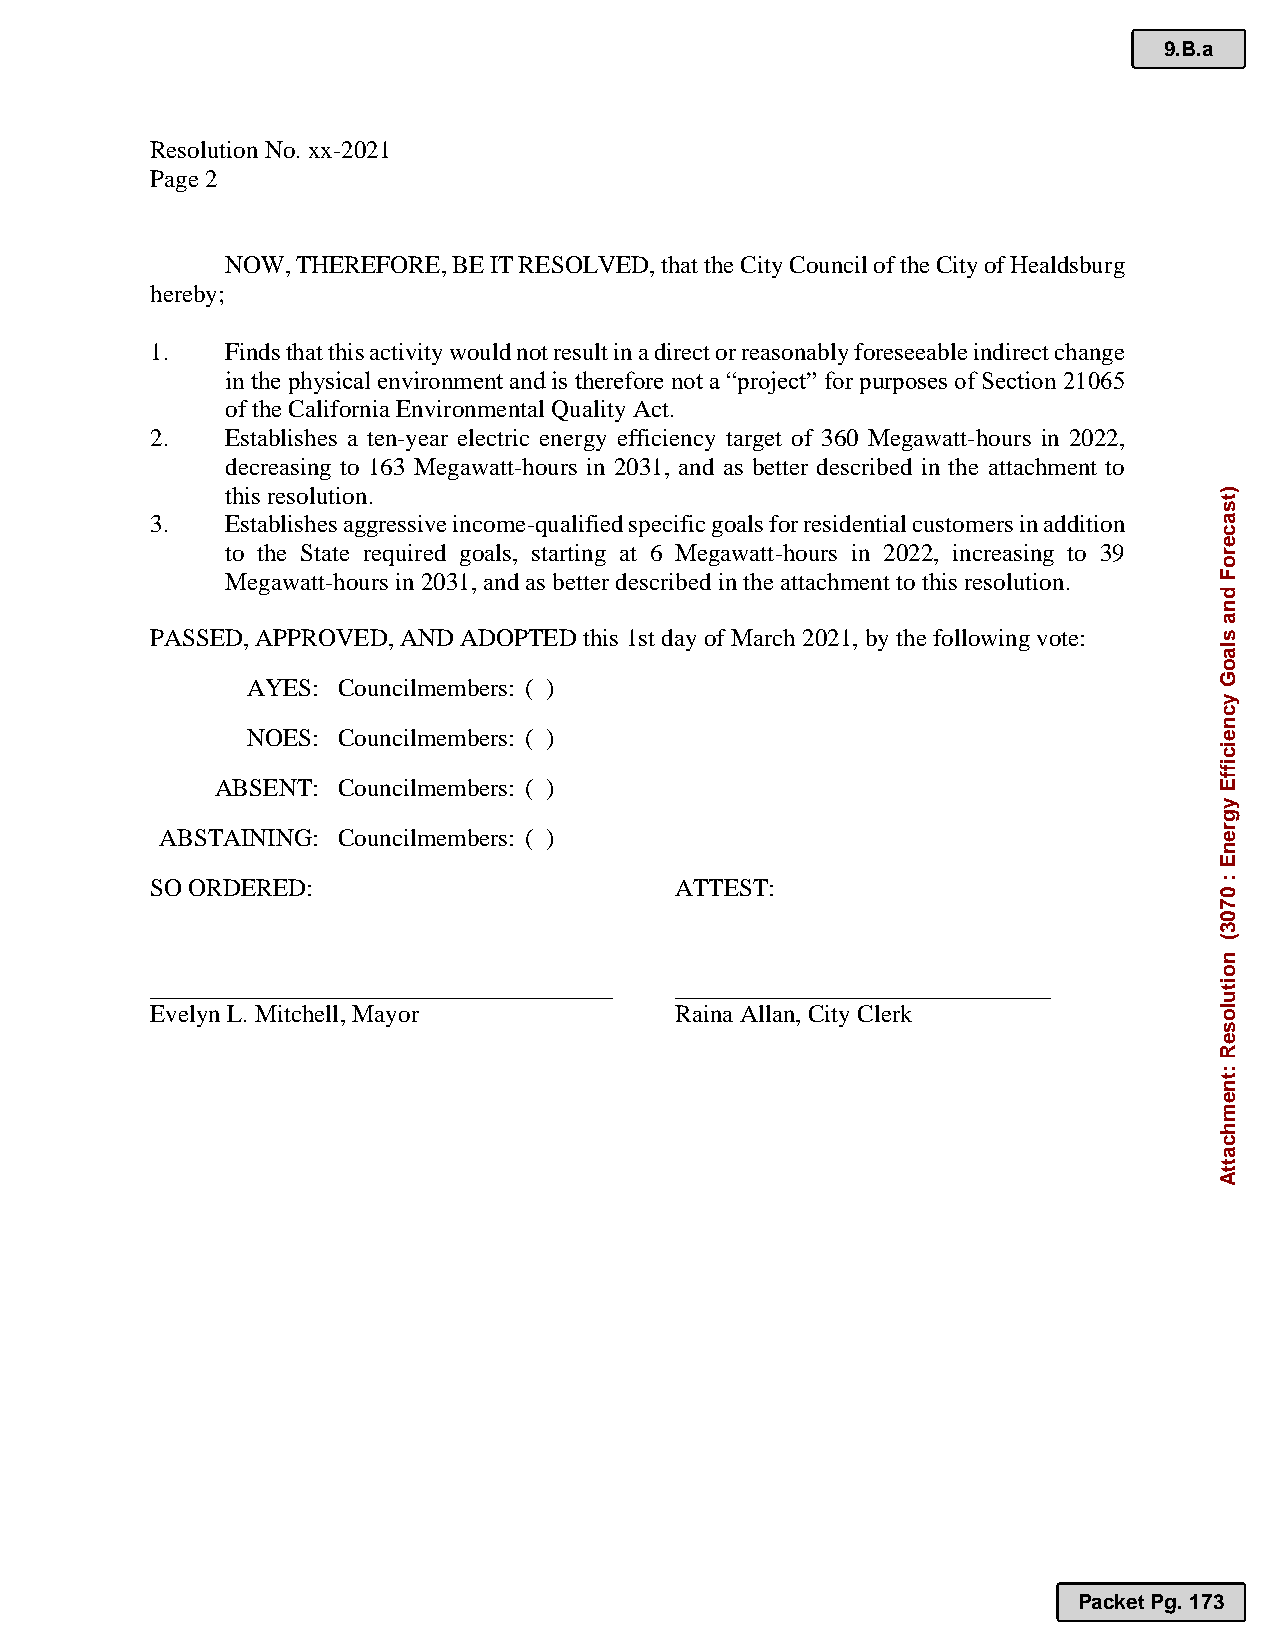
9.B.a
 Resolution No. xx-2021
 Page 2
 NOW, THEREFORE, BE IT RESOLVED, that the City Council of the City of Healdsburg
 hereby;
 1.   Finds that this activity would not result in a direct or reasonably foreseeable indirect change
 in the physical environment and is therefore not a “project” for purposes of Section 21065
 of the California Environmental Quality Act.
 2.   Establishes a ten-year electric energy efficiency target of 360 Megawatt-hours in 2022,
 decreasing to 163 Megawatt-hours in 2031, and as better described in the attachment to
 this resolution.
 3.   Establishes aggressive income-qualified specific goals for residential customers in addition
 to the State required goals, starting at 6 Megawatt-hours in 2022, increasing to 39
 Megawatt-hours in 2031, and as better described in the attachment to this resolution.
 PASSED, APPROVED, AND ADOPTED this 1st day of March 2021, by the following vote:
 AYES: Councilmembers: ( )
 NOES: Councilmembers: ( )
 ABSENT: Councilmembers: ( )
 ABSTAINING: Councilmembers: ( )
 SO ORDERED:                        ATTEST:
 _____________________________________ ______________________________
 Evelyn L. Mitchell, Mayor          Raina Allan, City Clerk
 Packet Pg. 173
 )tsaceroF
 dna
 slaoG
 ycneiciffE
 ygrenE
 :
 0703(
 noituloseR
 :tnemhcattA